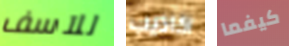
للآسف اكاذيب كيفما